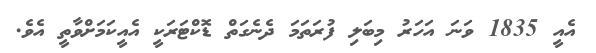
އެއީ 1835 ވަނަ އަހަރު މިބަލި ފުރަތަމަ ދެނެގަތް ޑޮކްޓަރަކީ އެއީކަމަށްވާތީ އެވެ.